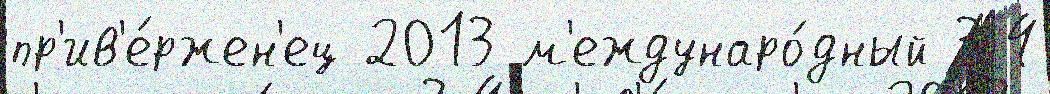
пр'ив'е́ржен'ец 2013 м'еждунаро́дный 3-4